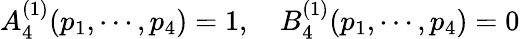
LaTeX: A_{4}^{(1)}(p_{1},\cdots,p_{4})=1,\quad B_{4}^{(1)}(p_{1},\cdots,p_{4})=0